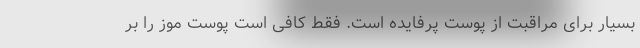
بسیار برای مراقبت از پوست پرفایده است. فقط کافی است پوست موز را بر